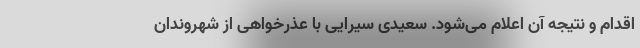
اقدام و نتیجه آن اعلام می‌شود. سعیدی سیرایی با عذرخواهی از شهروندان